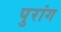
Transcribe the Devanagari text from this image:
पुरांग